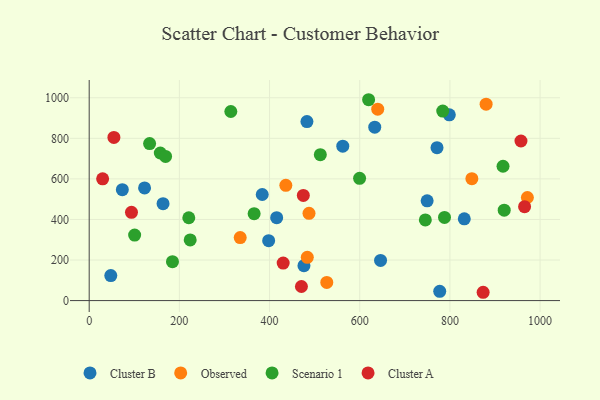
{"axis": {"x": "Distance", "y": "Fuel Efficiency"}, "legend": ["Cluster A", "Cluster B", "Observed", "Scenario 1"], "data": [{"x": "777.4", "y": 45.7, "type": "Cluster B"}, {"x": "47.9", "y": 123.3, "type": "Cluster B"}, {"x": "633.3", "y": 854.8, "type": "Cluster B"}, {"x": "122.8", "y": 555.7, "type": "Cluster B"}, {"x": "646.2", "y": 198.1, "type": "Cluster B"}, {"x": "163.8", "y": 478.0, "type": "Cluster B"}, {"x": "383.8", "y": 523.1, "type": "Cluster B"}, {"x": "798.7", "y": 916.1, "type": "Cluster B"}, {"x": "73.5", "y": 546.8, "type": "Cluster B"}, {"x": "831.9", "y": 403.2, "type": "Cluster B"}, {"x": "476.3", "y": 172.2, "type": "Cluster B"}, {"x": "398.0", "y": 295.6, "type": "Cluster B"}, {"x": "771.4", "y": 754.1, "type": "Cluster B"}, {"x": "415.8", "y": 408.7, "type": "Cluster B"}, {"x": "482.9", "y": 882.8, "type": "Cluster B"}, {"x": "749.5", "y": 492.1, "type": "Cluster B"}, {"x": "562.4", "y": 761.4, "type": "Cluster B"}, {"x": "639.9", "y": 943.6, "type": "Observed"}, {"x": "436.1", "y": 568.2, "type": "Observed"}, {"x": "334.9", "y": 310.6, "type": "Observed"}, {"x": "880.3", "y": 968.5, "type": "Observed"}, {"x": "483.7", "y": 213.2, "type": "Observed"}, {"x": "487.5", "y": 430.0, "type": "Observed"}, {"x": "848.7", "y": 600.9, "type": "Observed"}, {"x": "526.9", "y": 89.7, "type": "Observed"}, {"x": "971.8", "y": 508.2, "type": "Observed"}, {"x": "599.7", "y": 603.0, "type": "Scenario 1"}, {"x": "920.4", "y": 445.8, "type": "Scenario 1"}, {"x": "314.1", "y": 932.3, "type": "Scenario 1"}, {"x": "224.0", "y": 299.0, "type": "Scenario 1"}, {"x": "134.0", "y": 774.1, "type": "Scenario 1"}, {"x": "184.7", "y": 192.0, "type": "Scenario 1"}, {"x": "917.8", "y": 662.2, "type": "Scenario 1"}, {"x": "512.6", "y": 719.3, "type": "Scenario 1"}, {"x": "619.7", "y": 990.3, "type": "Scenario 1"}, {"x": "784.1", "y": 934.1, "type": "Scenario 1"}, {"x": "100.8", "y": 322.8, "type": "Scenario 1"}, {"x": "365.8", "y": 428.5, "type": "Scenario 1"}, {"x": "745.5", "y": 397.9, "type": "Scenario 1"}, {"x": "788.0", "y": 409.9, "type": "Scenario 1"}, {"x": "220.9", "y": 408.5, "type": "Scenario 1"}, {"x": "157.7", "y": 727.7, "type": "Scenario 1"}, {"x": "169.4", "y": 710.9, "type": "Scenario 1"}, {"x": "470.7", "y": 69.5, "type": "Cluster A"}, {"x": "430.2", "y": 184.9, "type": "Cluster A"}, {"x": "93.8", "y": 435.0, "type": "Cluster A"}, {"x": "873.7", "y": 41.0, "type": "Cluster A"}, {"x": "29.8", "y": 600.1, "type": "Cluster A"}, {"x": "957.6", "y": 786.8, "type": "Cluster A"}, {"x": "474.9", "y": 518.3, "type": "Cluster A"}, {"x": "54.8", "y": 804.4, "type": "Cluster A"}, {"x": "965.6", "y": 463.1, "type": "Cluster A"}]}